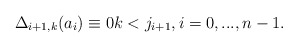
\begin{align*}\Delta_{i+1,k} ( a_{i} )\equiv 0 k<j_{i+1} , i=0,...,n-1. \end{align*}